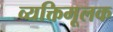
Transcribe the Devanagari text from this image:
व्यक्तिमूलक